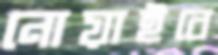
নোয়াইবে